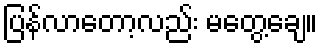
ပြန်လာတော့လည်း မတွေ့ချေ။